Annual administration report of the Civil Veterinary Department of India - 1898-1899
Year: 1898
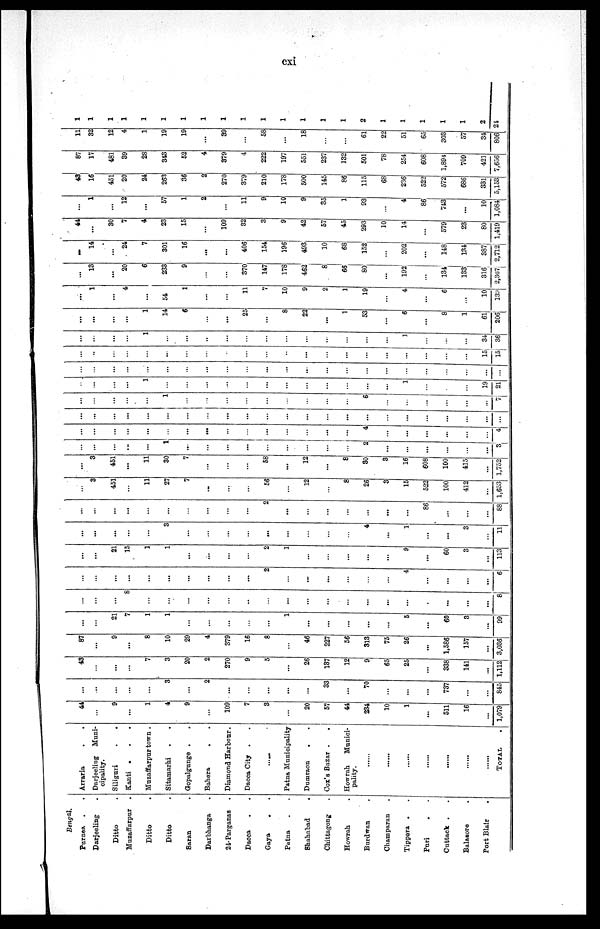
cxi
Bengal.
Purnea . .
Darjeeling .
Ditto
Muzaffarpur .
Ditto
Ditto
Saran .
Darbhanga .
24-Parganas .
Dacca
Gaya
. .
Patna . .
Shahabad
.
Chittagong .
Howrah .
Burdwan .
Champaran .
Tippera . .
Puri . .
Cuttack . .
Balasore .
Port Blair
Arraria
.
.
Darjeeling Muni-
cipality.
Siliguri
.
.
Kanti
.
.
.
Muzaffarpur town .
Sitamarhi
.
.
Gopalgunge . .
Bahera
. .
Diamond Harbour.
Dacca City . .
......
Patna Municipality
Dumraon
. .
Cox's Bazar .
.
Howrah
Munici-
pality.
TOTAL
44
...
9
...
1
4
9
...
109
7
3
20
57
44
234
10
1
...
511
16
...
1,079
...
...
...
...
...
3
...
2
...
...
...
...
...
33
...
70
...
...
...
737
...
...
845
43
...
...
...
7
3
20
2
270
9
5
...
26
137
12
9
65
25
...
338
141
...
1,112
87
...
9
...
8
10
29
4
379
16
8
...
46
227
56
313
75
26
...
1,586
157
...
3,036
...
...
21
7
1
1
...
...
...
...
...
1
...
...
...
...
...
5
...
60
3
...
99
...
...
...
8
...
...
...
...
...
..
...
...
...
...
...
...
...
...
...
...
...
...
8
...
...
...
...
...
...
...
...
...
...
2
...
...
...
...
...
...
4
...
...
...
...
6
...
...
21
15
1
1
...
...
...
...
2
1
...
...
...
...
...
9
...
60
3
...
113
...
...
...
...
...
3
...
...
...
...
...
...
...
...
...
4
...
1
...
...
3
...
11
...
...
...
...
...
...
...
...
...
...
2
...
...
...
...
...
...
...
86
...
...
...
88
...
3
451
...
11
27
7
...
...
...
56
...
12
...
8
26
3
15
522
100
412
...
1,653
...
3
451
...
11
30
7
...
...
...
58
...
12
...
8
30
3
16
608
100
415
...
1,752
...
...
...
...
...
1
...
...
...
...
...
...
...
...
...
2
...
...
...
...
...
...
3
...
...
...
...
...
...
...
...
...
...
...
...
...
...
4
...
...
...
...
...
...
4
...
...
...
...
...
...
...
...
...
...
...
...
...
...
...
...
...
...
...
...
...
...
...
...
...
...
...
...
1
...
...
...
...
...
...
...
...
...
6
...
...
...
...
...
...
7
...
...
...
...
1
...
...
...
...
...
...
...
...
...
...
...
...
1
...
...
...
19
21
...
...
...
...
...
...
...
...
...
...
...
...
...
...
...
...
...
...
...
..
...
...
...
...
...
...
...
...
...
...
...
...
...
...
...
...
...
15
15
...
...
...
...
1
...
...
..
...
...
...
...
...
...
...
...
1
...
...
...
34
36
...
...
...
...
1
14
6
...
...
25
...
8
22
...
1
53
...
6
...
8
1
61
206
...
1
...
4
...
54
1
...
...
11
7
10
9
2
1
19
...
4
...
6
...
10
139
...
13
...
20
6
233
9
...
...
370
147
178
462
8
66
80
...
192
...
134
133
316
2,367
...
14
...
24
7
301
16
...
...
406
154
196
493
10
68
152
...
202
...
148
134
387
2,712
44
...
30
7
4
23
15
...
109
32
3
9
42
57
45
293
10
14
...
579
23
80
1,419
...
1
...
12
...
57
1
2
...
11
9
10
9
35
1
93
...
4
86
743
...
10
1,084
48
16
451
20
24
263
36
2
270
379
210
178
500
145
86
115
68
236
522
572
686
331
5,153
87
17
481
39
28
343
52
4
379
4
222
197
551
237
132
501
78
254
608
1,894
709
421
7,656
11
32
12
4
1
19
19
...
39
...
58
...
18
...
...
61
22
51
65
303
57
34
806
1
1
1
1
1
1
1
1
1
1
1
1
1
1
1
2
1
1
1
1
1
2
21